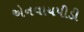
એનવાયપીડી